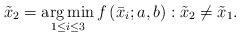
LaTeX: \begin{align*}{{\tilde x}_2} = \mathop {\arg \min }\limits_{1 \le i \le 3} f\left( {{{\bar x}_i};a,b} \right):{{\tilde x}_2} \ne {{\tilde x}_1}.\end{align*}